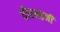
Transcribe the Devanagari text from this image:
वीरभद्रजी